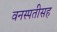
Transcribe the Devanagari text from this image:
वनस्पतीसह